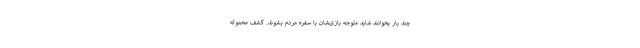
چند بار بخوانند شاید متوجه بازی‌شان با سفره مردم بشوند. کشف محموله